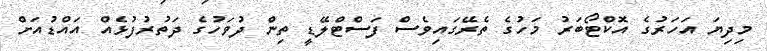
މިދިޔަ އަހަރުގެ އޮކްޓޯބަރު މަހުގެ ތެރޭގައިވެސް ފަސްޓްލޭޑީ ތިން ދުވަހުގެ ދަތުރުފުޅެއް އައްޑުއަށް